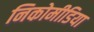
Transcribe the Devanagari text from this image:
निकोमीडिया